Senior Leaving Certificate Examination (including Day School Certificate (Higher) General paper), 1949
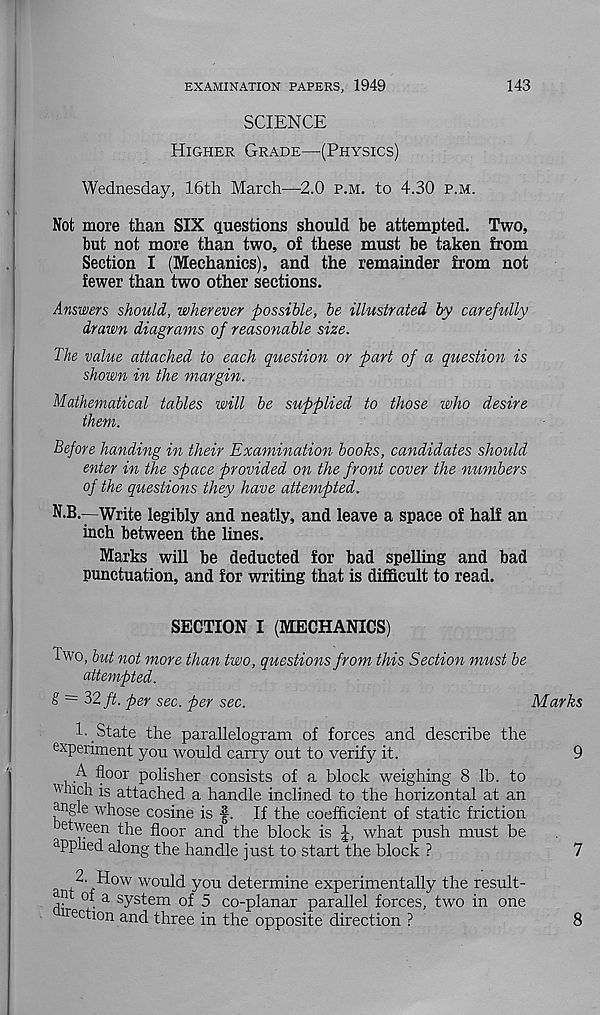
EXAMINATION PAPERS, 1949
143
SCIENCE
Higher Grade—(Physics)
Wednesday, 16th March—2.0 p.m. to 4.30 p.m.
Not more than SIX questions should be attempted. Two,
but not more than two, of these must be taken from
Section I (Mechanics), and the remainder from not
fewer than two other sections.
Answers should, wherever possible, be illustrated by carefully
drawn diagrams of reasonable size.
The value attached to each question or part of a question is
shown in the margin.
Mathematical tables will be supplied to those who desire
them.
Before handing in their Examination books, candidates should
enter in the space provided on the front cover the numbers
of the questions they have attempted.
N.B.—Write legibly and neatly, and leave a space of half an
inch between the lines.
Marks will be deducted for bad spelling and bad
punctuation, and for writing that is difficult to read.
SECTION I (MECHANICS)
Two, but not more than two, questions from this Section must be
attempted.
& ~ 32 ft. per sec. per sec.
Marks
l-_State the parallelogram of forces and describe the
experiment you would carry out to verify it.
9
A floor polisher consists of a block weighing 8 lb. to
miich is attached a handle inclined to the horizontal at an
angle whose cosine is f. If the coefficient of static friction
etween the floor and the block is
what push must be
applied along the handle just to start the block ?
7
2. How would you determine experimentally the result-
4 of a system of 5 co-planar parallel forces, two in one
Section and three in the opposite direction ?
8